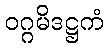
ဝဂ္ဂမိဒဋ္ဌကံ